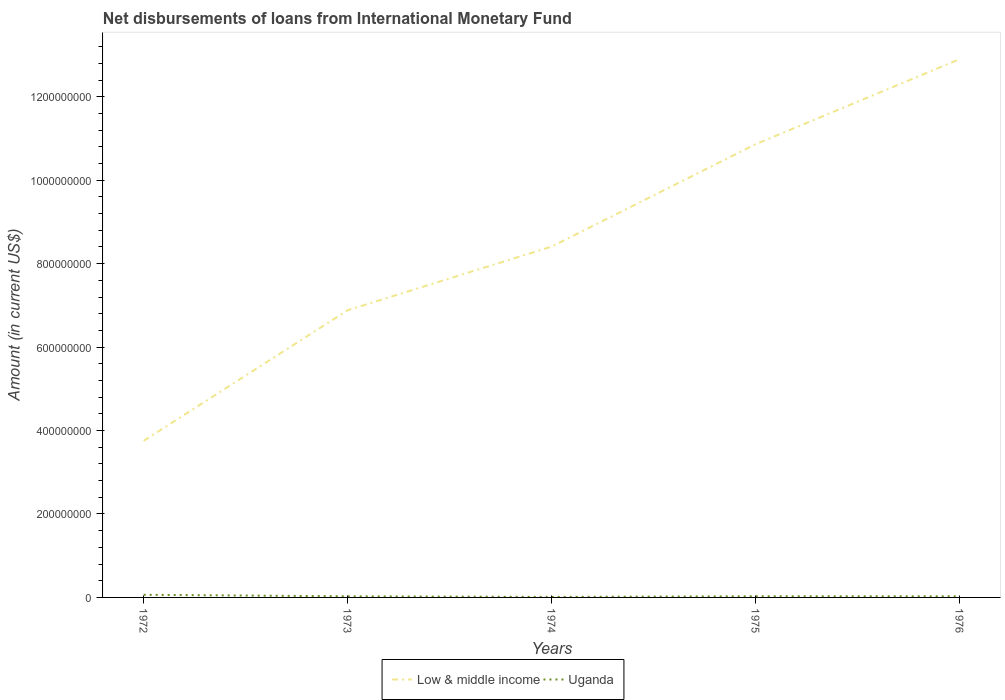
| Years | Low & middle income | Uganda |
 | --- | --- | --- |
 | 1972 | 3.75e+08 | 6.34e+06 |
 | 1973 | 6.88e+08 | 2.68e+06 |
 | 1974 | 8.41e+08 | 1.16e+06 |
 | 1975 | 1.09e+09 | 2.76e+06 |
 | 1976 | 1.29e+09 | 2.66e+06 |